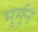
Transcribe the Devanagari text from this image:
मुर्मूने